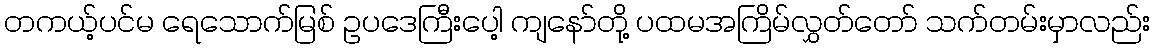
တကယ့်ပင်မ ရေသောက်မြစ် ဥပဒေကြီးပေါ့ ကျနော်တို့ ပထမအကြိမ်လွှတ်တော် သက်တမ်းမှာလည်း